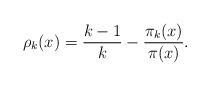
\begin{align*} \rho_k(x) = \frac{k-1}{k} - \frac{\pi_k(x)}{\pi(x)}.\end{align*}